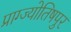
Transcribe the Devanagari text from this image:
प्राग्ज्योतिषपुर